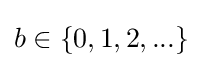
b\in \{0,1,2,...\}